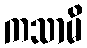
ကသာမိ